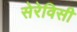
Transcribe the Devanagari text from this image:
सेरेविसी